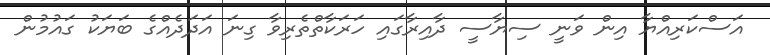
އަސްކަރިއްޔާ އިން ވަނީ ސިޔާސީ ދާއިރާގައި ހަރަކާތްތެރިވާ ގިނަ އަދަދެއްގެ ބަޔަކު ގައުމުން